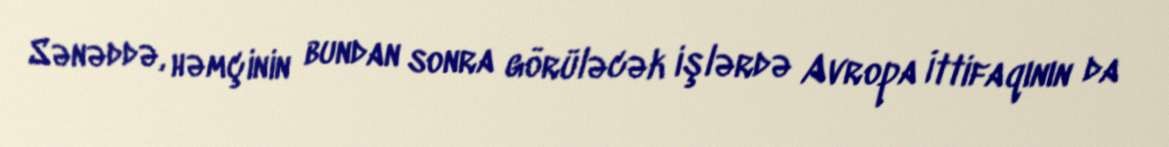
Sənəddə, həmçinin bundan sonra görüləcək işlərdə Avropa İttifaqının da